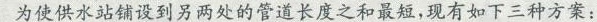
为使供水站铺设到另两处的管道长度之和最短，现有如下三种方案：